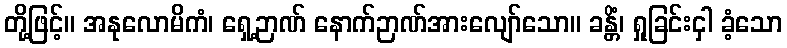
တို့ဖြင့်။ အနုလောမိကံ၊ ရှေ့ဉာဏ် နောက်ဉာဏ်အားလျော်သော။ ခန္တိံ၊ ရှုခြင်းငှါ ခံ့သော